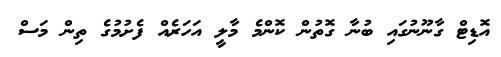
އޮޑިޓް ގާނޫނުގައި ބުނާ ގޮތުން ކޮންމެ މާލީ އަހަރެއް ފެށުމުގެ ތިން މަސް